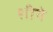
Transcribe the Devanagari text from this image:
शीषे